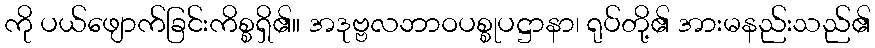
ကို ပယ်ဖျောက်ခြင်းကိစ္စရှိ၏။ အဒုဗ္ဗလဘာဝပစ္စုပဋ္ဌာနာ၊ ရုပ်တို့၏ အားမနည်းသည်၏